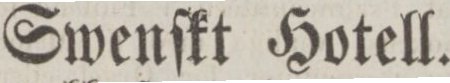
Swenſkt Hotell.